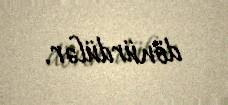
dönürdülər.